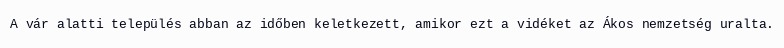
A vár alatti település abban az időben keletkezett, amikor ezt a vidéket az Ákos nemzetség uralta.